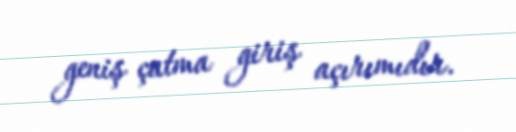
geniş çatma giriş açırımıdır.